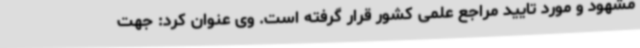
مشهود و مورد تایید مراجع علمی کشور قرار گرفته است. وی عنوان کرد: جهت